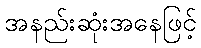
အနည်းဆုံးအနေဖြင့်